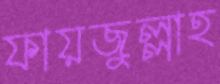
ফায়জুল্লাহ